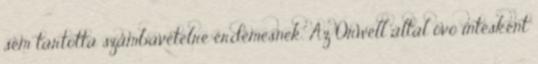
sem tartotta számbavételre érdemesnek. Az Orwell által óvó intésként